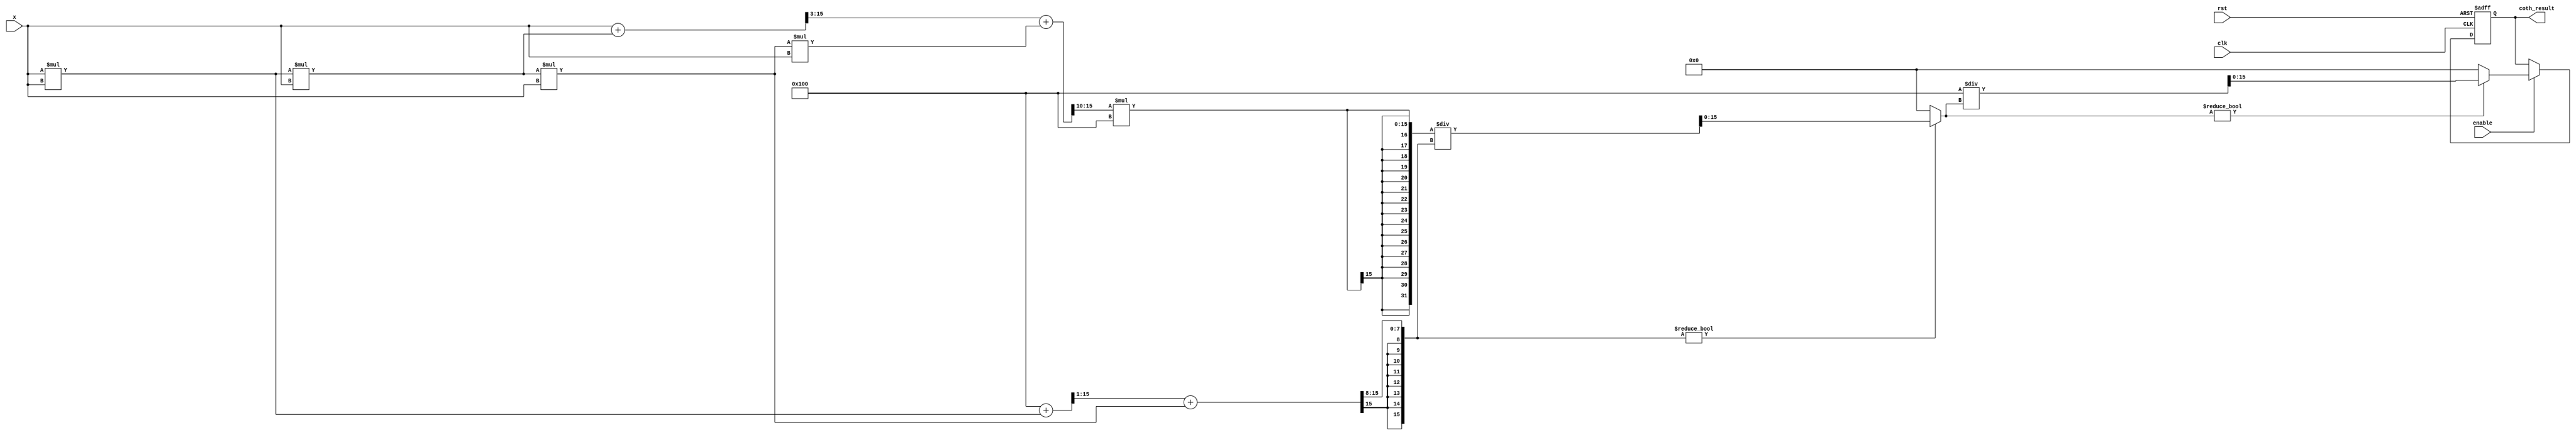
module hyperbolic_cotangent #(
    parameter WIDTH = 16, // Bit-width for fixed-point representation
    parameter FRAC_BITS = 8 // Number of fractional bits
)(
    input wire clk,
    input wire rst,
    input wire enable,
    input wire signed [WIDTH-1:0] x, // Input value
    output reg signed [WIDTH-1:0] coth_result // Output result
);

    // Internal signals for sinh and cosh
    wire signed [WIDTH-1:0] sinh_x;
    wire signed [WIDTH-1:0] cosh_x;
    reg signed [WIDTH-1:0] tanh_x;
    
    // Function to compute sinh(x) using Taylor series approximation
    function signed [WIDTH-1:0] sinh;
        input signed [WIDTH-1:0] x;
        begin
            // Taylor series: sinh(x) = x + x^3/3! + x^5/5! + ...
            sinh = x; // Start with x
            sinh = sinh + (x * x * x) >>> 3; // x^3 / 3!
            sinh = sinh + (x * x * x * x * x) >>> 10; // x^5 / 5!
        end
    endfunction

    // Function to compute cosh(x) using Taylor series approximation
    function signed [WIDTH-1:0] cosh;
        input signed [WIDTH-1:0] x;
        begin
            // Taylor series: cosh(x) = 1 + x^2/2! + x^4/4! + ...
            cosh = (1 << FRAC_BITS); // Start with 1
            cosh = cosh + (x * x) >>> 1; // x^2 / 2!
            cosh = cosh + (x * x * x * x) >>> 8; // x^4 / 4!
        end
    endfunction

    // Compute tanh(x) = sinh(x) / cosh(x)
    always @(*) begin
        sinh_x = sinh(x);
        cosh_x = cosh(x);
        if (cosh_x != 0) begin
            tanh_x = (sinh_x * (1 << FRAC_BITS)) / cosh_x; // Scale for fixed-point division
        end else begin
            tanh_x = 0; // Handle division by zero
        end
    end

    // Compute coth(x) = 1 / tanh(x)
    always @(posedge clk or posedge rst) begin
        if (rst) begin
            coth_result <= 0;
        end else if (enable) begin
            if (tanh_x != 0) begin
                coth_result <= (1 << FRAC_BITS) / tanh_x; // Scale for fixed-point division
            end else begin
                coth_result <= 0; // Handle division by zero
            end
        end
    end

endmodule